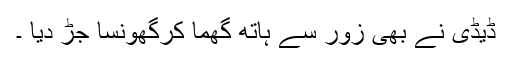
ڈیڈی نے بھی زور سے ہاتھ گھما کرگھونسا جڑ دیا ۔